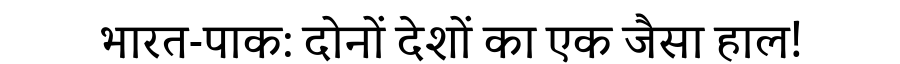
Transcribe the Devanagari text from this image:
भारत-पाक: दोनों देशों का एक जैसा हाल!